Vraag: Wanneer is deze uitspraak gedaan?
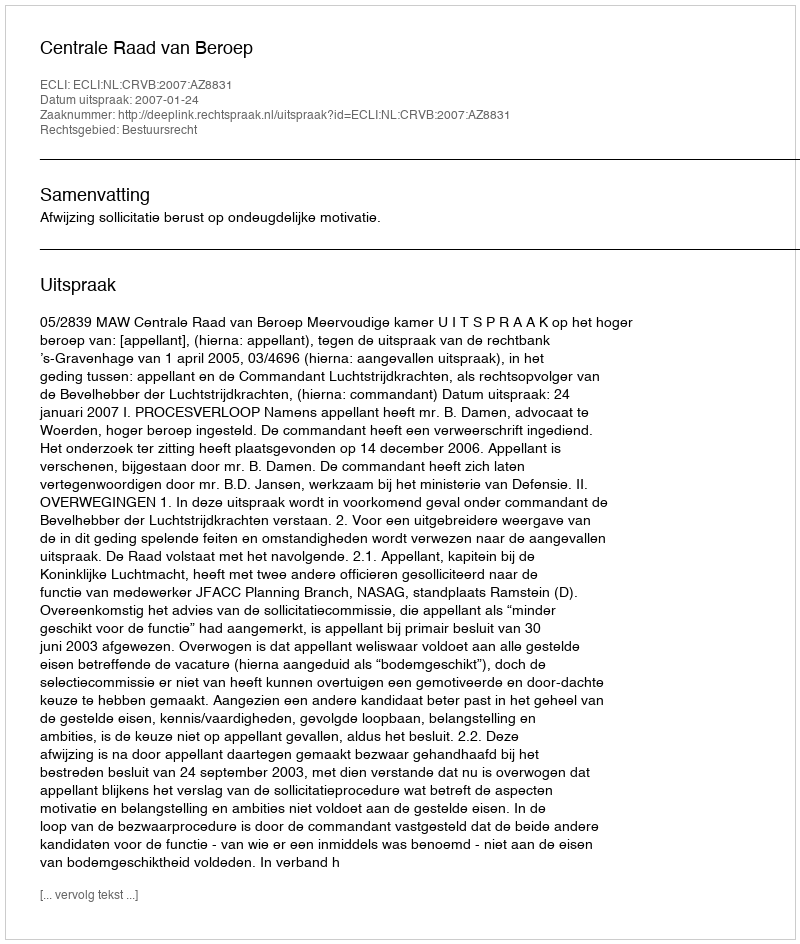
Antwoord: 2007-01-24